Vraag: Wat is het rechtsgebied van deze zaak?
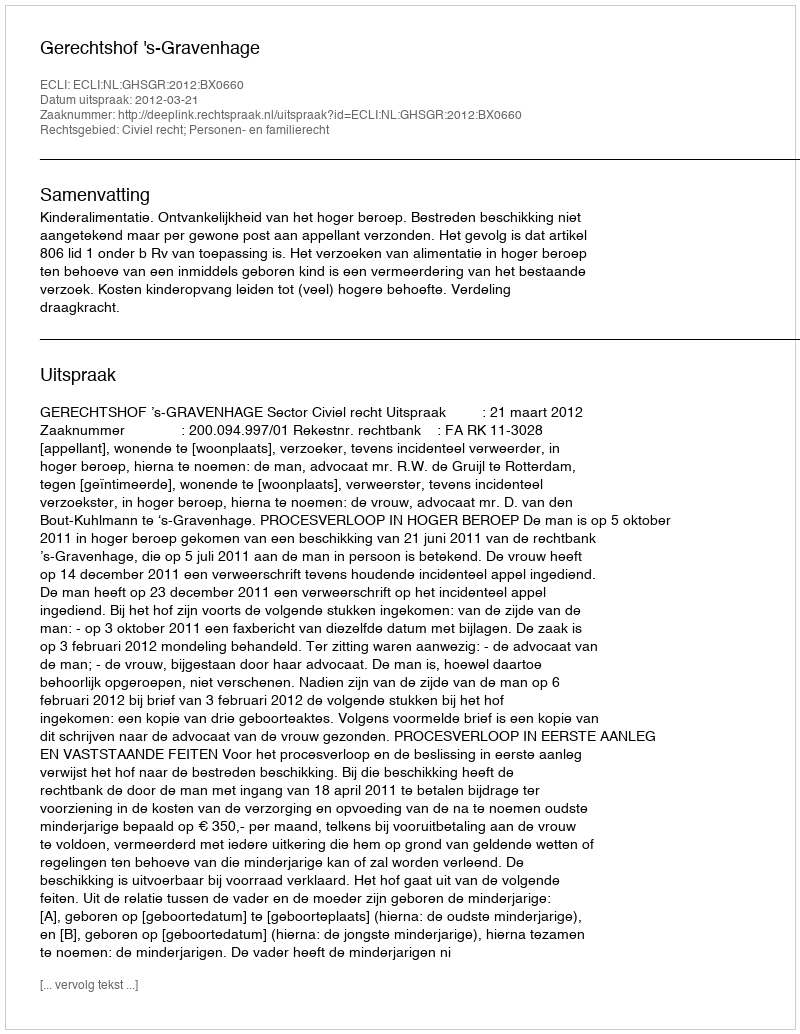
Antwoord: Civiel recht; Personen- en familierecht